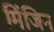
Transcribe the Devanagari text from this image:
मिंजिन